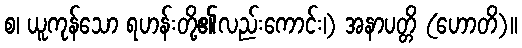
စ၊ ယူကုန်သော ရဟန်းတို့၏လည်းကောင်း၊) အနာပတ္တိ (ဟောတိ)။